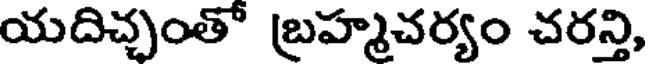
యదిచ్చంతో బ్రహ్మచర్యం చరన్తి,